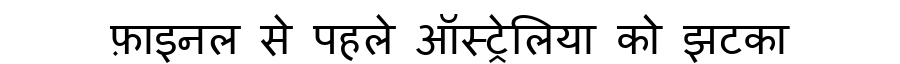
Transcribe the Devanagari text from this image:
फ़ाइनल से पहले ऑस्ट्रेलिया को झटका